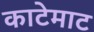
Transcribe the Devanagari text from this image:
काटेमाट